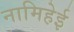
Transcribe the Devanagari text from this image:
नामिहेई